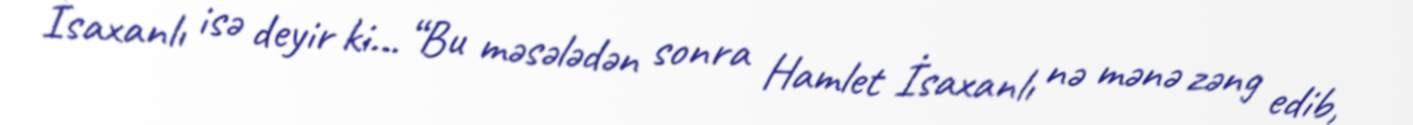
İsaxanlı isə deyir ki... “Bu məsələdən sonra Hamlet İsaxanlı nə mənə zəng edib,